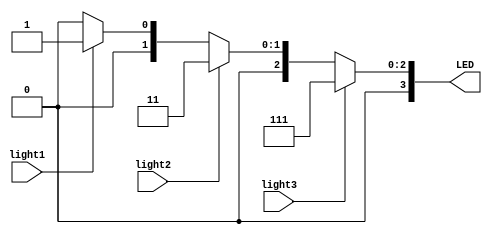
`timescale 1ns / 1ps
//////////////////////////////////////////////////////////////////////////////////
// Company: 
// Engineer: 
// 
// Design Name: 
// Module Name:    display_LED_win 
// Project Name: 
// Target Devices: 
// Tool versions: 
// Description: 
//
// Dependencies: 
//
// Revision: 
// Revision 0.01 - File Created
// Additional Comments: 
//
//////////////////////////////////////////////////////////////////////////////////
module display_LED_win(light1,light2,light3,LED);  //LED
  input wire light1,light2,light3;
  output reg [3:0]LED;
  
  always @(light1 or light2 or light3)
  begin
    if(light3==1)      
	 begin
		LED<=4'b0111;   //
    end	
	 else
	   if(light2==1) LED<=4'b0011;  //
		else 
		  if(light1==1)  LED<=4'b0001;  //
		  else  LED<=4'b0000;    //
  end
  
endmodule